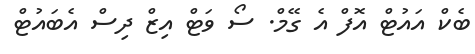
ބެކް އައުޓް އޮފް އެ ގޭމް. ސޯ ވަޓް އިޒް ދިސް އެބައުޓް